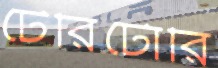
টেরিটোরি